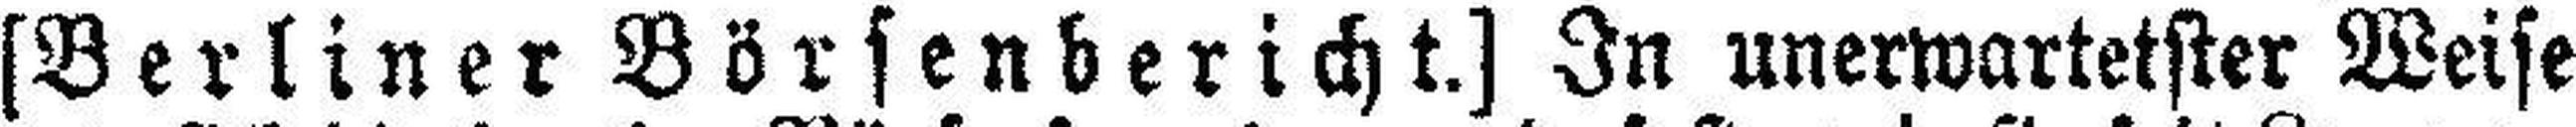
[Berliner Börsenbericht.] In unerwartetster Weise